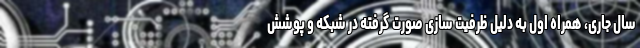
سال جاری، همراه اول به دلیل ظرفیت سازی صورت گرفته در شبکه و پوشش